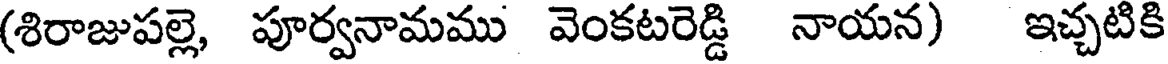
(శిరాజుపల్లె, పూర్వనామము వెంకటరెడ్డి నాయన) ఇచ్చటికి